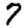
Digit: 7